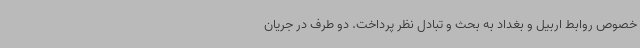
خصوص روابط اربیل و بغداد به بحث و تبادل نظر پرداخت. دو طرف در جریان